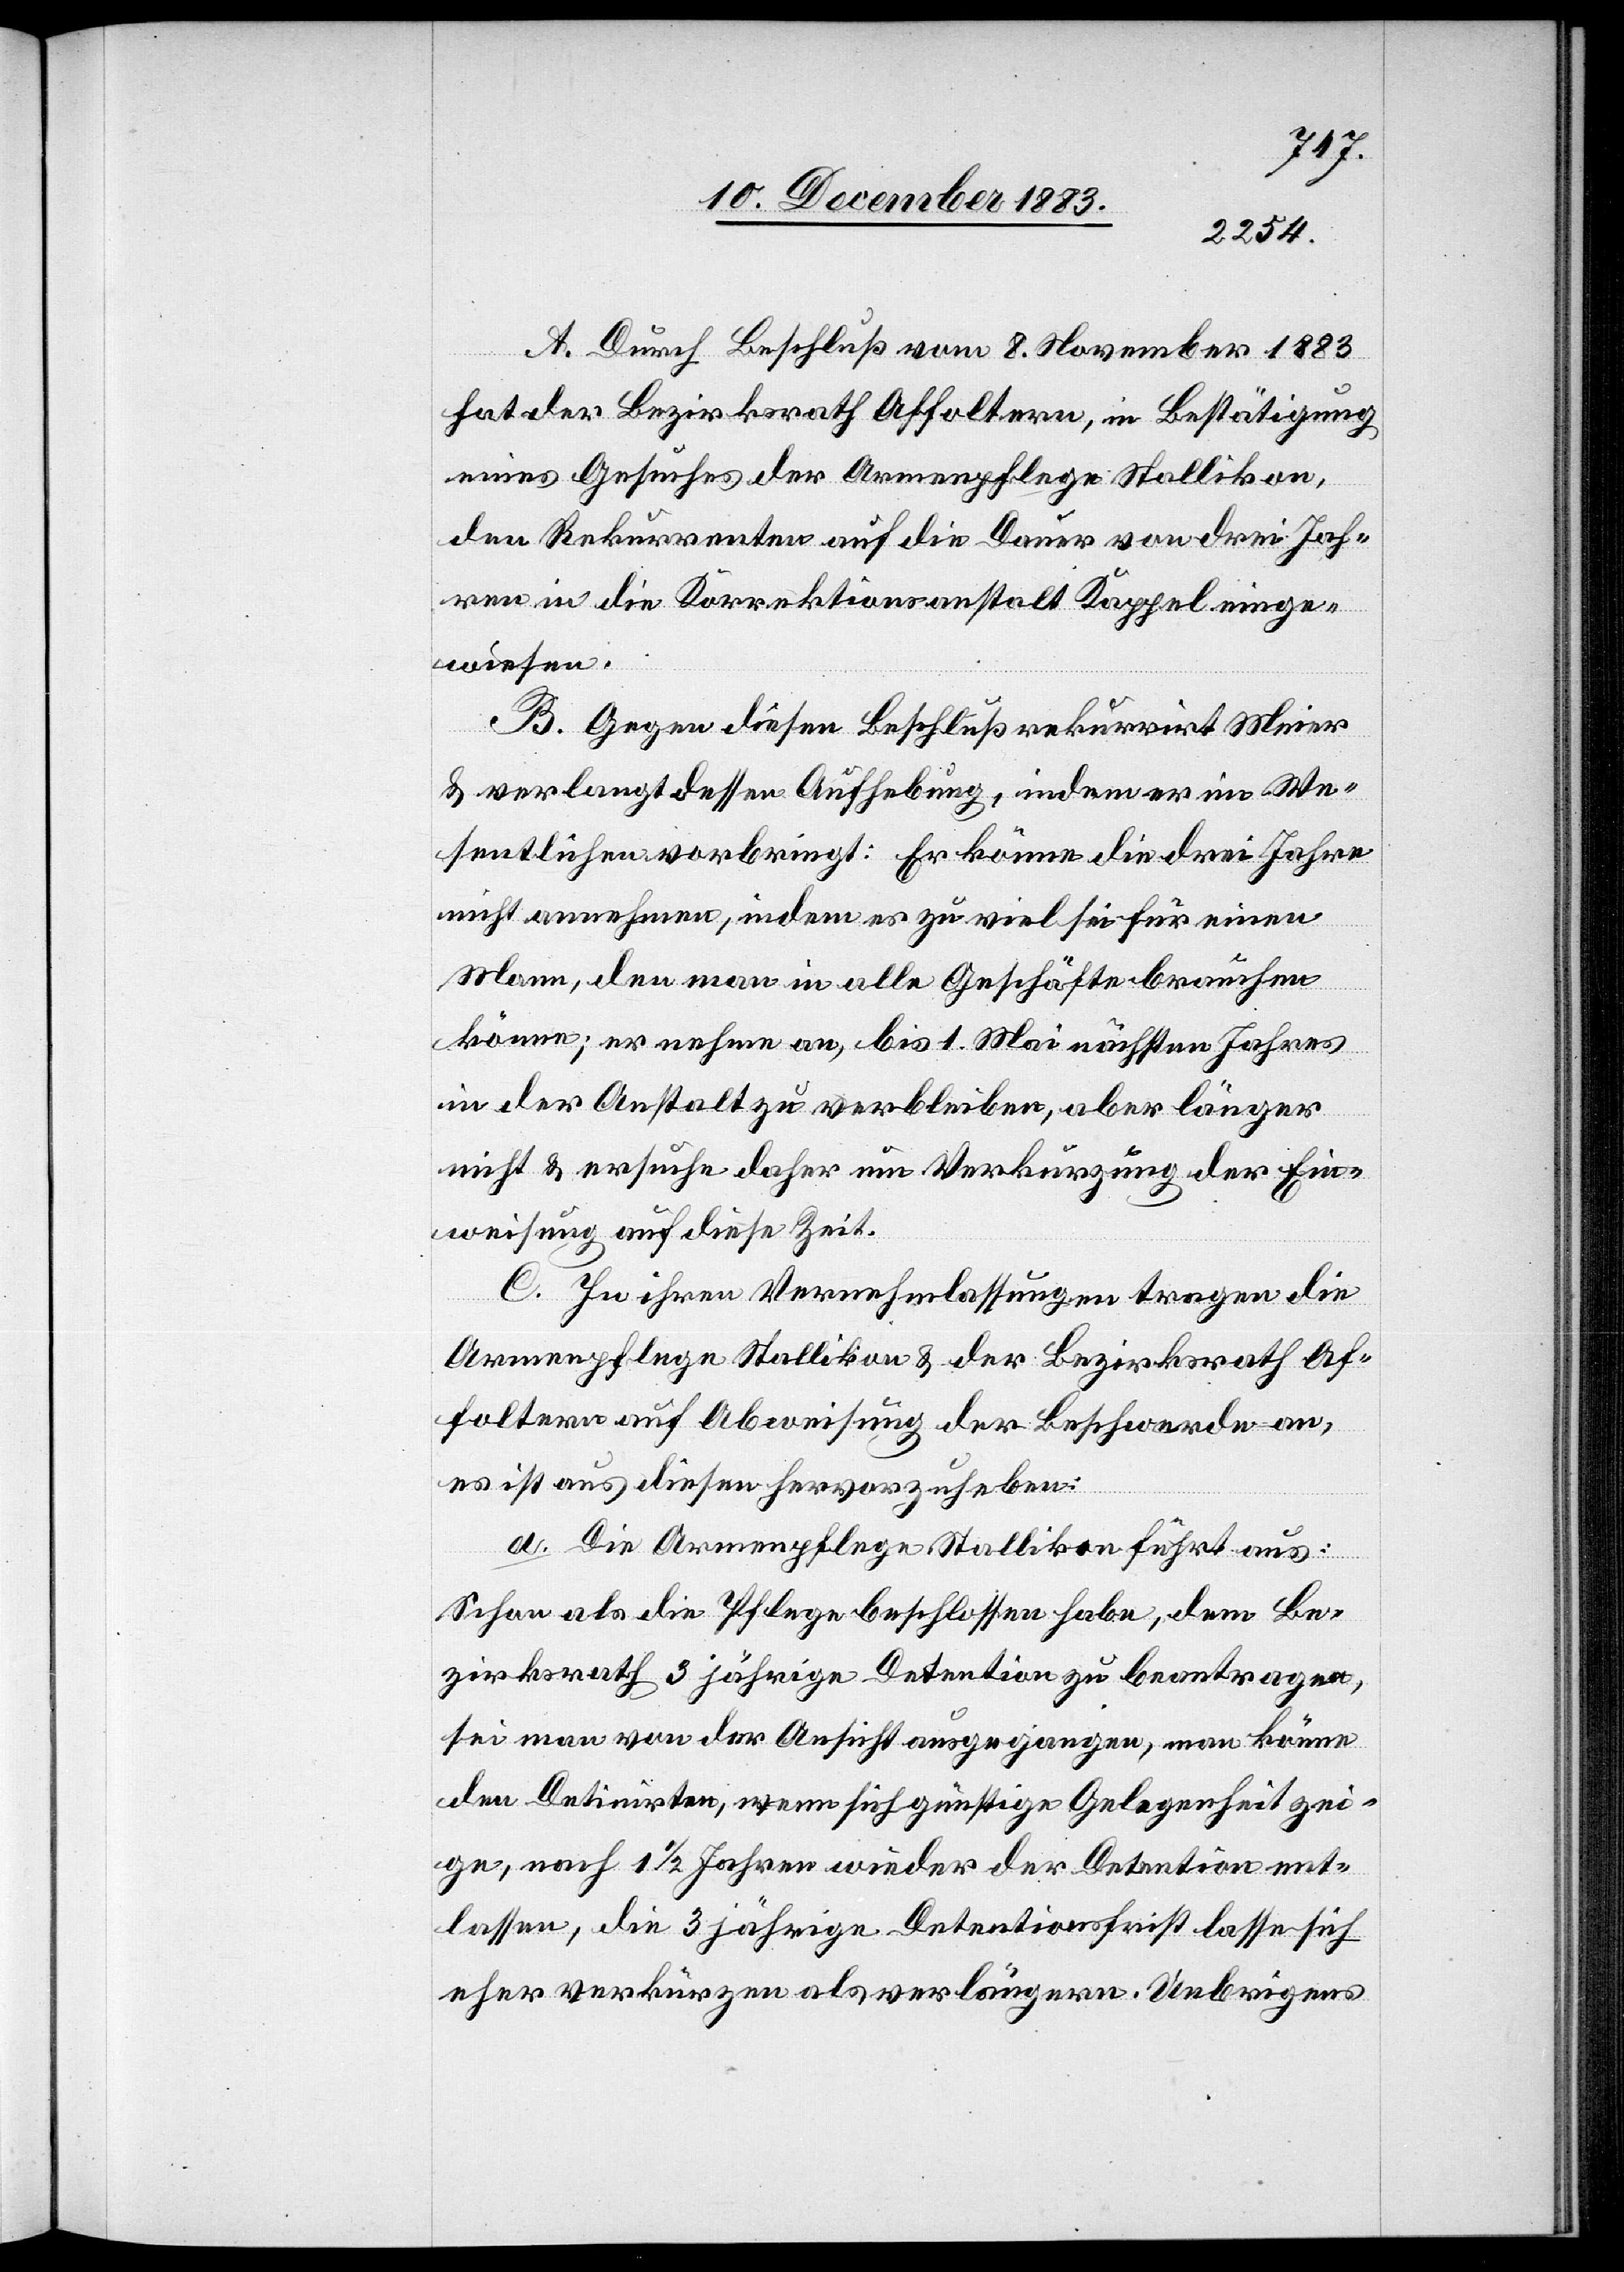
A. Durch Beschluß vom 8. November 1883
hat der Bezirksrath Affoltern, in Bestätigung
eines Gesuches der Armenpflege Stallikon,
den Rekurrenten auf die Dauer von drei Jah¬
ren in die Korrektionsanstalt Kappel einge¬
wiesen.
B. Gegen diesen Beschluß rekurrirt Meier
& verlangt dessen Aufhebung, indem er im We¬
sentlichen vorbringt: Er könne die drei Jahre
nicht annehmen, indem es zu viel für einen
Mann, den man in alle[n] Geschäfte brauchen
könne; er nehme an, bis 1. Mai nächsten Jahres
in der Anstalt zu verbleiben, aber länger
nicht & ersuche daher um Verkürzung der Ein¬
weisung auf diese Zeit.
C. In ihren Vernehmlassungen tragen die
Armenpflege Stallikon & der Bezirksrath Af¬
foltern auf Abweisung der Beschwerde an,
es ist aus diesen hervorzuheben:
a. Die Armenpflege Stallikon führt aus:
Schon als die Pflege beschlossen habe, dem Be¬
zirksrath 3 jährige Detention zu beantragen,
sei man von der Ansicht ausgegangen, man könne
den Detinirten, wenn sich günstige Gelgenehit zei¬
ge, nach 1 1/2 Jahren wieder der Detention ent¬
lassen, die 3 jährige Detentionsfrist lasse sich
eher verkürzen als verlängern. Uebrigens